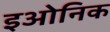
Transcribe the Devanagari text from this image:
इओनिक